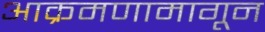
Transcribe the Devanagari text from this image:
आक्रमणामागून